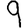
Digit: 9